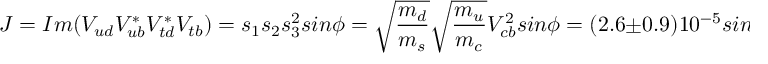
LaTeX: J = I m ( V _ { u d } V _ { u b } ^ { * } V _ { t d } ^ { * } V _ { t b } ) = s _ { 1 } s _ { 2 } s _ { 3 } ^ { 2 } s i n \phi = \sqrt { \frac { m _ { d } } { m _ { s } } } \sqrt { \frac { m _ { u } } { m _ { c } } } V _ { c b } ^ { 2 } s i n \phi = ( 2 . 6 \pm 0 . 9 ) 1 0 ^ { - 5 } s i n \phi .